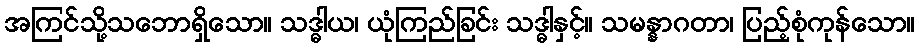
အကြင်သို့သဘောရှိသော။ သဒ္ဓါယ၊ ယုံကြည်ခြင်း သဒ္ဓါနှင့်။ သမန္နာဂတာ၊ ပြည့်စုံကုန်သော။